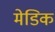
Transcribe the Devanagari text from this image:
मेडिक